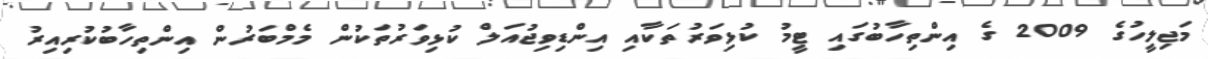
މަޖިލީހުގެ 2009 ގެ އިންތިހާބުގައި ޓީމު ކުޅިވަރުތަކާއި އިންޑިވިޖުއަލް ކުޅިވަރުތަކުން މެމްބަރުން އިންތިހާބުކުރިއިރު